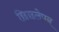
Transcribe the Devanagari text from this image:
छिछलेपन